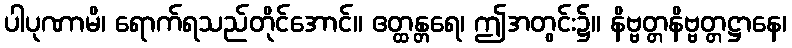
ပါပုဏာမိ၊ ရောက်ရသည်တိုင်အောင်။ ဧတ္ထန္တရေ၊ ဤအတွင်း၌။ နိဗ္ဗတ္တနိဗ္ဗတ္တဋ္ဌာနေ၊